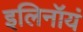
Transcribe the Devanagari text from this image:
इलिनॉयं